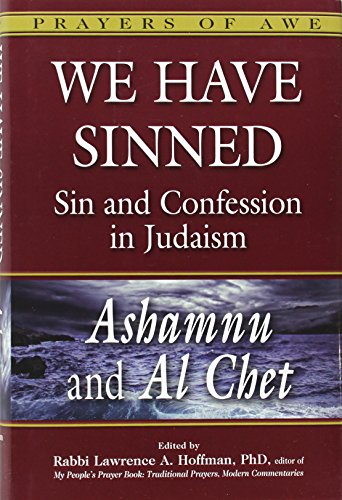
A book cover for We Have Sinned: Sin and Confession in Judaism- Ashamnu and Al Chet (Prayers of Awe); Religion & Spirituality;